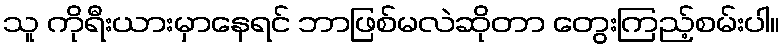
သူ ကိုရီးယားမှာနေရင် ဘာဖြစ်မလဲဆိုတာ တွေးကြည့်စမ်းပါ။